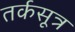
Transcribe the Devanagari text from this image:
तर्कसूत्र